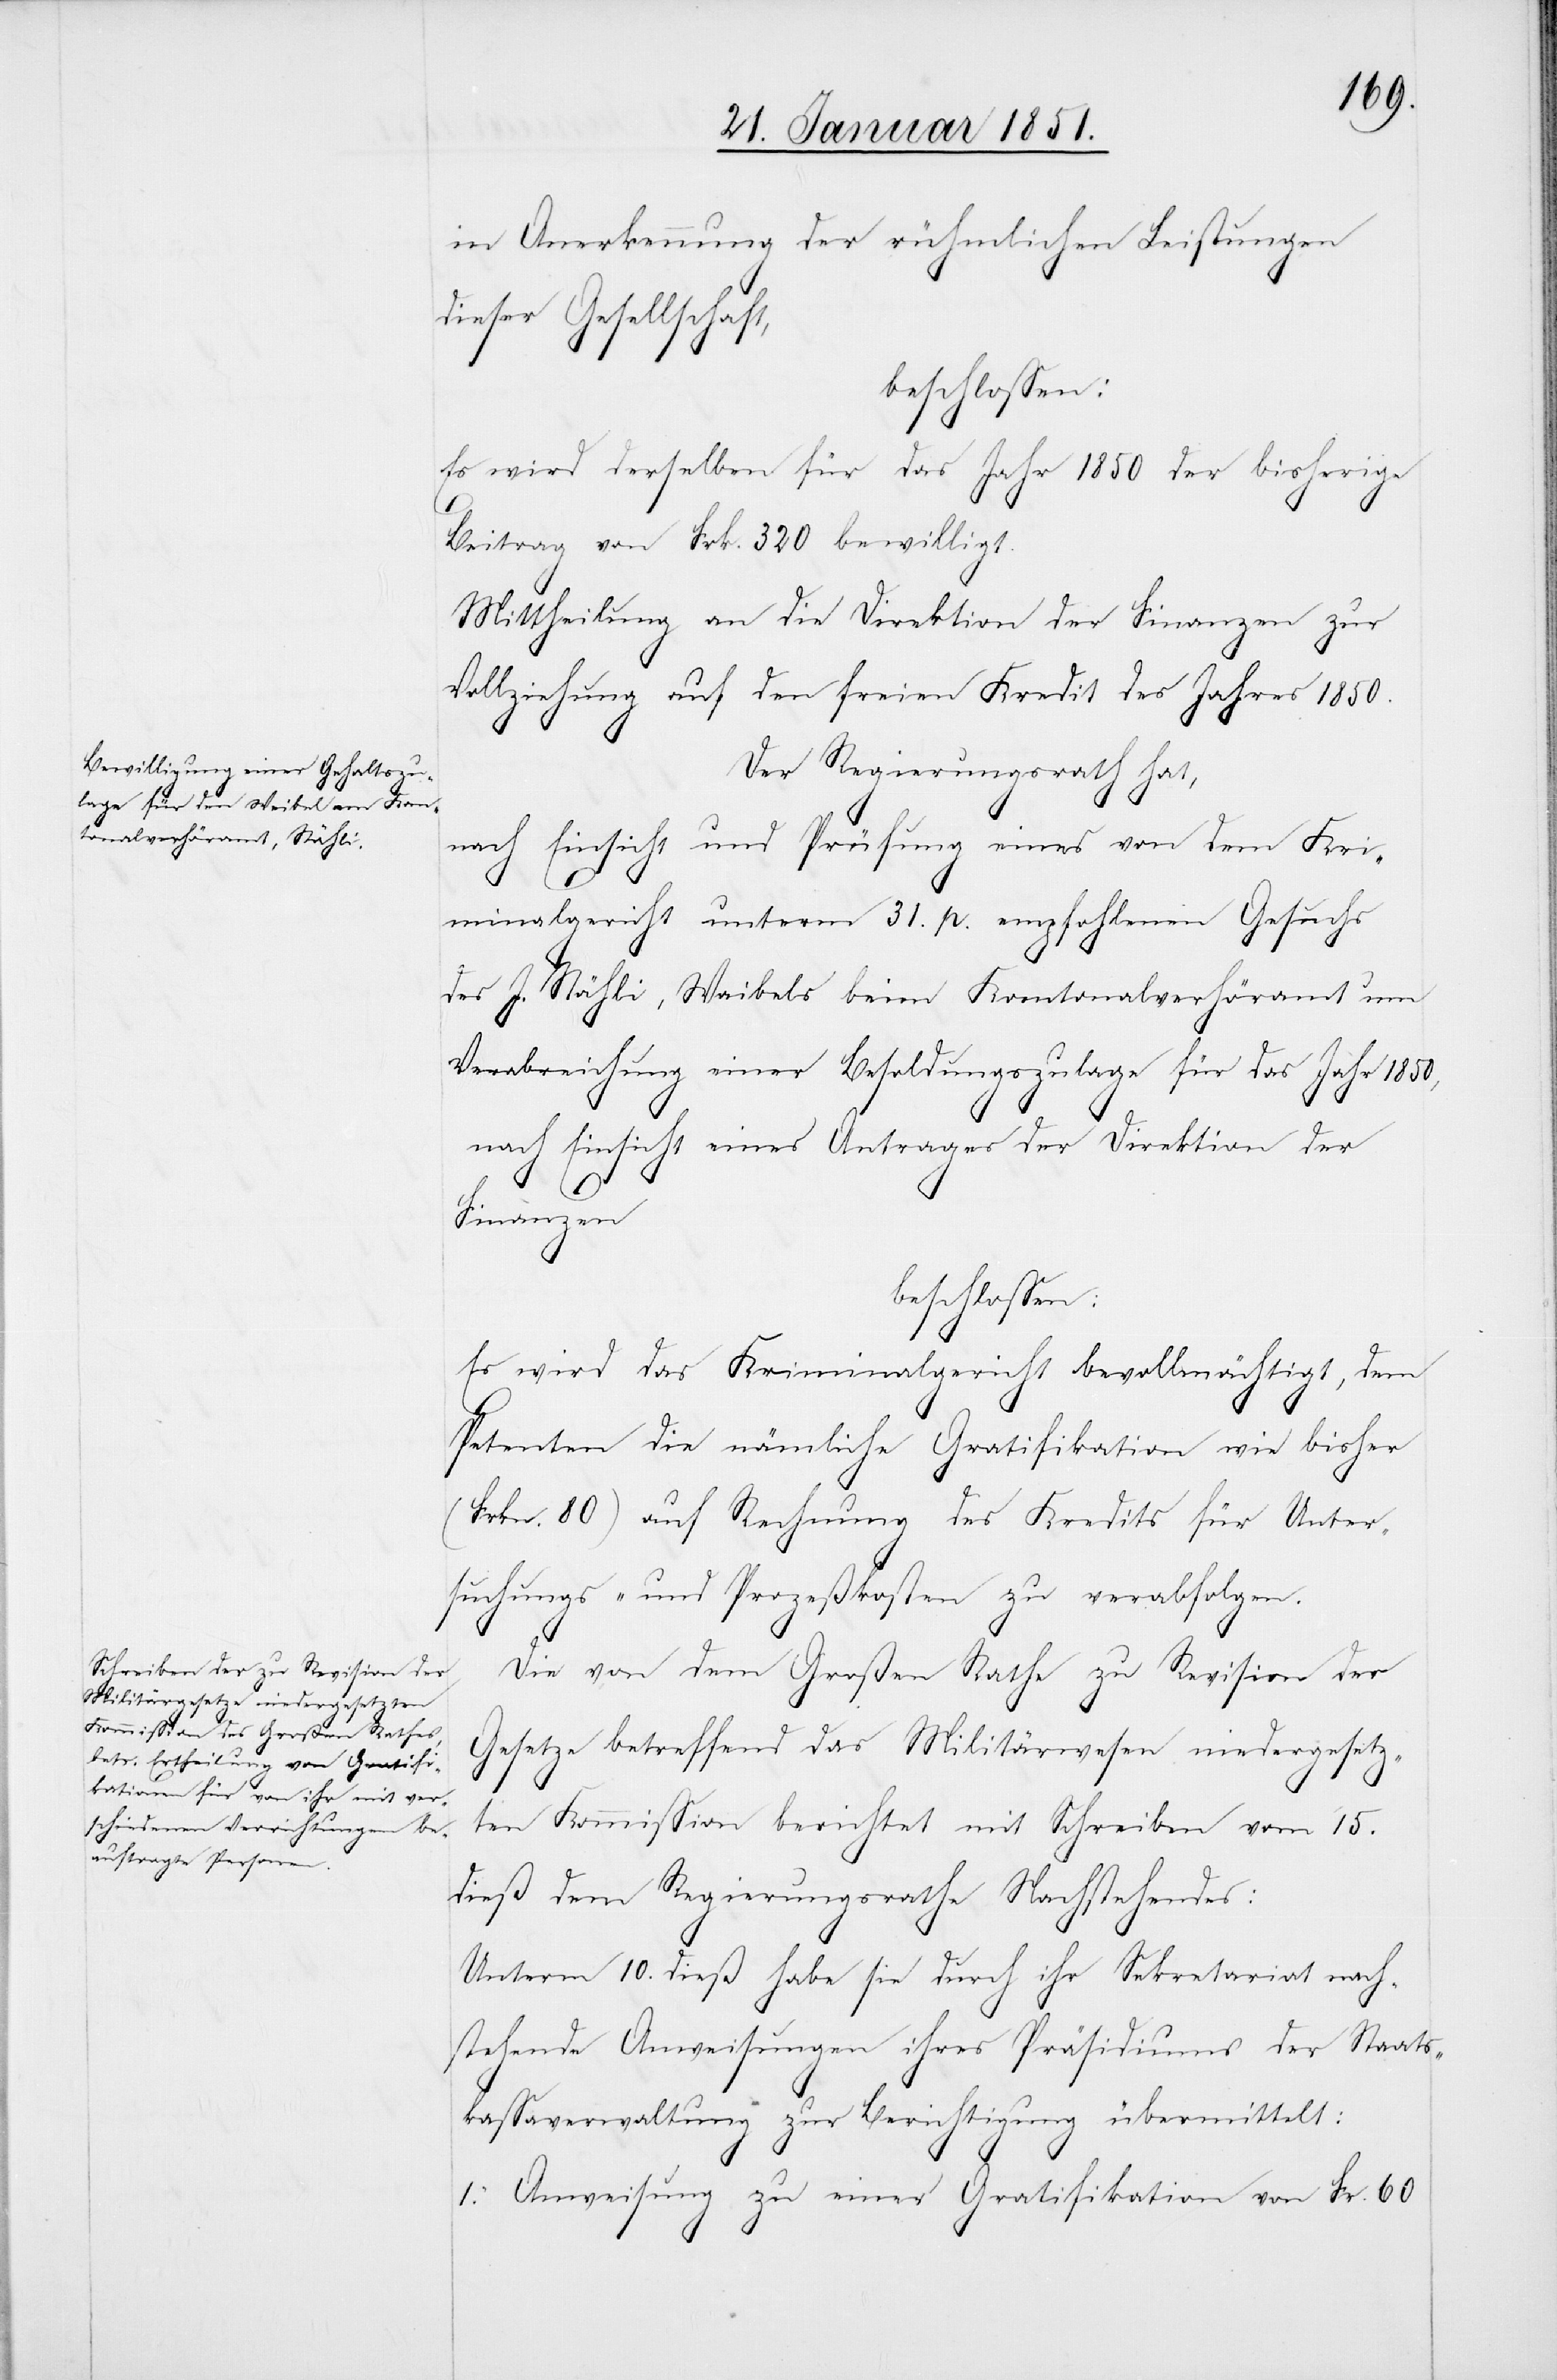
in Anerkennung der rühmlichen Leistungen
dieser Gesellschaft,
beschlossen:
Es wird derselben für das Jahr 1850 der bisherige
Beitrag von Frk. 320 bewilligt.
Mittheilung an die Direktion der Finanzen zur
Vollziehung auf den freien Kredit des Jahres 1850.
Der Regierungsrath hat,
nach Einsicht und Prüfung eines von dem Kri¬
minalgericht unterm 31. p. empfohlenen Gesuchs
des J. Stähli, Waibels beim Kantonalverhöramt um
Verabreichung einer Besoldungszulage für das Jahr 1850,
nach Einsicht eines Antrages der Direktion der
Finanzen
beschlossen:
Es wird das Kriminalgericht bevollmächtigt, dem
Petenten die nämliche Gratifikation wie bisher
(Frkn. 80) auf Rechnung des Kredits für Unter¬
suchungs- und Prozeßkosten zu verabfolgen.
Die von dem Großen Rathe zu Revision der
Gesetze betreffend das Militärwesen niedergesetz¬
ten Kommission berichtet mit Schreiben vom 15.
dieß dem Regierungsrathe Nachstehendes:
Unterm 10. dieß habe sie durch ihr Sekretariat nach¬
stehende Anweisungen ihres Präsidiums der Staats¬
kassaverwaltung zur Berichtigung übermittelt:
1. Anweisung zu einer Gratifikation von Fr. 60